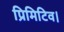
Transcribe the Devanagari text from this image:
प्रिमिटिव।